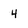
Character: 4